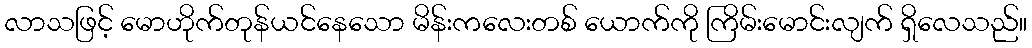
လာသဖြင့် မောဟိုက်တုန်ယင်နေသော မိန်းကလေးတစ် ယောက်ကို ကြိမ်းမောင်းလျက် ရှိလေသည်။